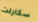
سكارلت